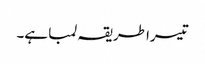
تیسرا طریقہ لمبا ہے۔